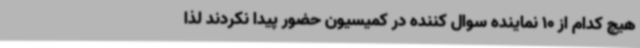
هیچ کدام از 10 نماینده سوال کننده در کمیسیون حضور پیدا نکردند لذا